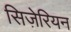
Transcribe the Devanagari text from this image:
सिज़ेरियन